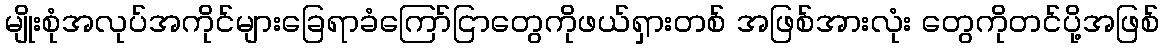
မျိုးစုံအလုပ်အကိုင်များခြေရာခံကြော်ငြာတွေကိုဖယ်ရှားတစ် အဖြစ်အားလုံး တွေကိုတင်ပို့အဖြစ်